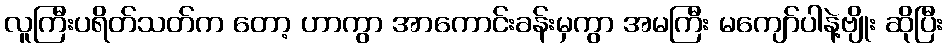
လူကြီးပရိတ်သတ်က တော့ ဟာကွာ အာကောင်းခန်းမှကွာ အမကြီး မကျော်ပါနဲ့ဗျိုး ဆိုပြီး